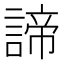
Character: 諦